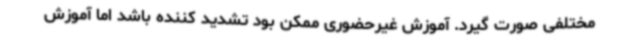
مختلفی صورت گیرد. آموزش غیرحضوری ممکن بود تشدید کننده باشد اما آموزش